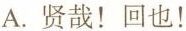
A.贤哉！回也！